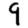
Digit: 9